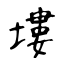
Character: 塿